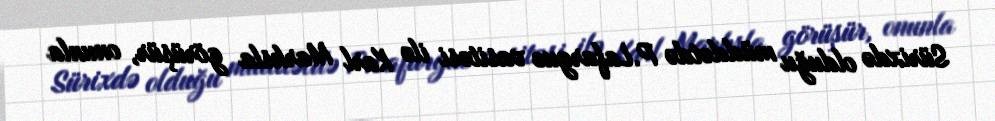
Sürixdə olduğu müddətdə P.Lafargue vasitəsi ilə Karl Marksla görüşür, onunla